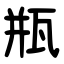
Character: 瓶